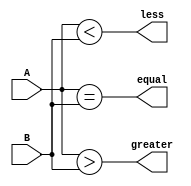
module comparator_4bit (
    input [3:0] A, // 4-bit input A
    input [3:0] B, // 4-bit input B
    output equal, // Output signal for equal comparison
    output greater, // Output signal for A > B comparison
    output less // Output signal for A < B comparison
);

// Comparing corresponding bits of input A and B
assign equal = (A == B);
assign greater = (A > B);
assign less = (A < B);

endmodule